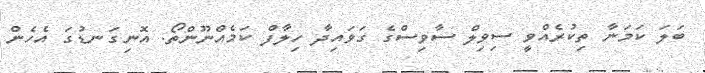
ބަލަ ކަމަނާ ތިކުރެއްވީ ސިވިލް ސާވިސްގެ ގަވައިދާ ހިލާފް ކަމެއްނޫންތޯ. އޮނިގަނޑުގަ އެހެން